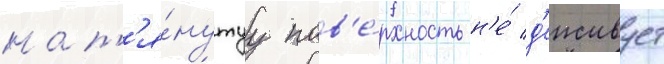
нат'я́нутуу пов'е́рхность н'е́ д'еиствует